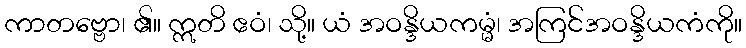
ကာတဗ္ဗော၊ ၏။ ဣတိ ဧဝံ၊ သို့။ ယံ အဝန္ဒိယကမ္မံ၊ အကြင်အဝန္ဒိယကံကို။